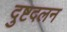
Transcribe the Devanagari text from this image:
दुष्टदलन